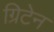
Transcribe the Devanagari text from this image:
ग्रिटेन